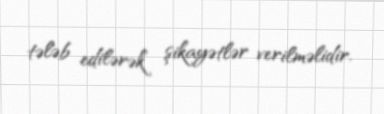
tələb edilərək şikayətlər verilməlidir.